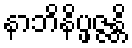
နာဘိနိပ္ဖဇ္ဇန္တိ